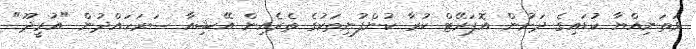
ވަތަނިއްޔާ ކުޑައިގެ ދަށުން އޮޕަރޭޓް ކުރާ ކުންފުނިތަކުގެ ތެރެއިން އޭޝިއާ ސަރަހައްދުން "އުރީދޫ"